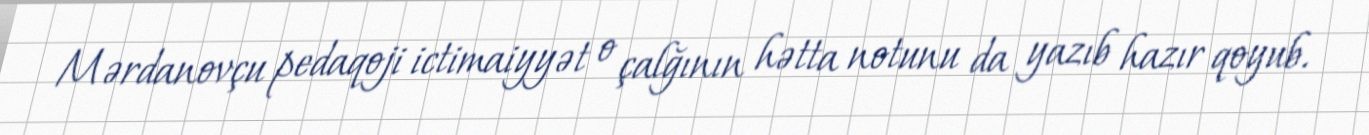
Mərdanovçu pedaqoji ictimaiyyət o çalğının hətta notunu da yazıb hazır qoyub.